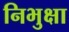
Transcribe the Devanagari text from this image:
निभुक्षा